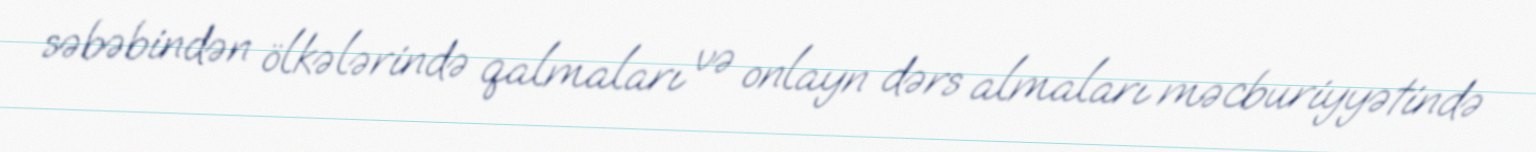
səbəbindən ölkələrində qalmaları və onlayn dərs almaları məcburiyyətində